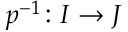
p ^ { - 1 } \colon I \rightarrow J